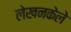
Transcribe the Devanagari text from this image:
लेखनकेले